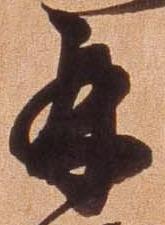
再